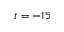
t = - 1 5